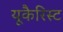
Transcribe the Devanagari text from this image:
यूकैरिस्ट